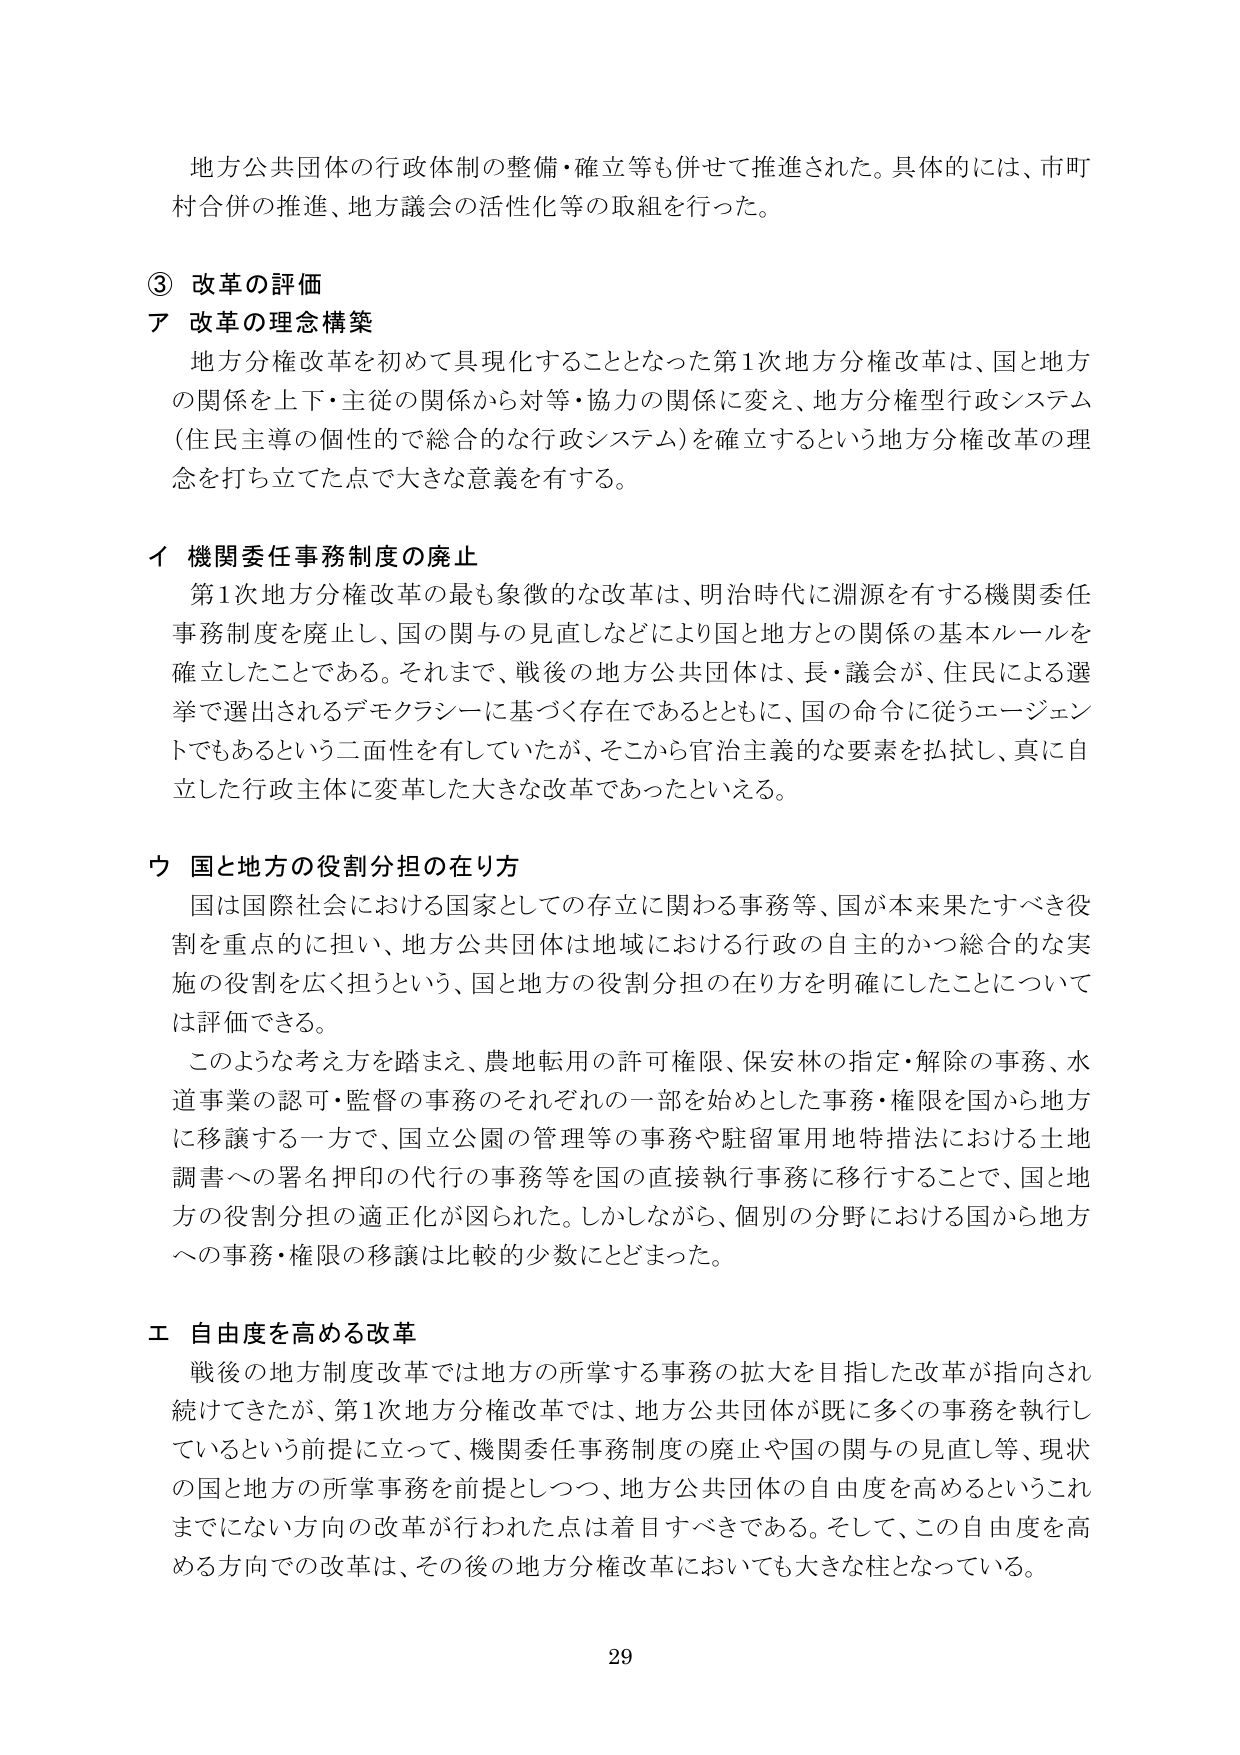
地方公共団体の行政体制の整備・確立等も併せて推進された。具体的には、市町村合併の推進、地方議会の活性化等の取組を行った。

③ 改革の評価
ア 改革の理念構築
　地方分権改革を初めて具現化することとなった第1次地方分権改革は、国と地方の関係を上下・主従の関係から対等・協力の関係に変え、地方分権型行政システム（住民主導の個性的で総合的な行政システム）を確立するという地方分権改革の理念を打ち立てた点で大きな意義を有する。

イ 機関委任事務制度の廃止
　第1次地方分権改革の最も象徴的な改革は、明治時代に淵源を有する機関委任事務制度を廃止し、国の関与の見直しなどにより国と地方との関係の基本ルールを確立したことである。それまで、戦後の地方公共団体は、長・議会が、住民による選挙で選出されるデモクラシーに基づく存在であるとともに、国の命令に従うエージェントでもあるという二面性を有していたが、そこから官治主義的な要素を払拭し、真に自立した行政主体に変革した大きな改革であったといえる。

ウ 国と地方の役割分担の在り方
　国は国際社会における国家としての存立に関わる事務等、国が本来果たすべき役割を重点的に担い、地方公共団体は地域における行政の自主的かつ総合的な実施の役割を広く担うという、国と地方の役割分担の在り方を明確にしたことについては評価できる。
　このような考え方を踏まえ、農地転用の許可権限、保安林の指定・解除の事務、水道事業の認可・監督の事務のそれぞれの一部を始めとした事務・権限を国から地方に移譲する一方で、国立公園の管理等の事務や駐留軍用地特措法における土地調書への署名押印の代行の事務等を国の直接執行事務に移行することで、国と地方の役割分担の適正化が図られた。しかしながら、個別の分野における国から地方への事務・権限の移譲は比較的少数にとどまった。

エ 自由度を高める改革
　戦後の地方制度改革では地方の所掌する事務の拡大を目指した改革が指向され続けてきたが、第1次地方分権改革では、地方公共団体が既に多くの事務を執行しているという前提に立って、機関委任事務制度の廃止や国の関与の見直し等、現状の国と地方の所掌事務を前提としつつ、地方公共団体の自由度を高めるというこれまでにない方向の改革が行われた点は着目すべきである。そして、この自由度を高める方向での改革は、その後の地方分権改革においても大きな柱となっている。

29